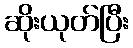
ဆိုးယုတ်ပြီး